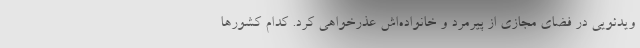
ویدئویی در فضای مجازی از پیرمرد و خانواده‌اش عذرخواهی کرد. کدام کشورها